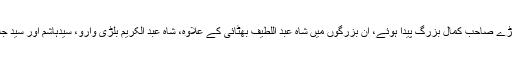
میر علی کے خاندان میں بڑے بڑے صاحب کمال بزرگ پیدا ہوئے، ان بزرگوں میں شاہ عبد اللطیف بھٹائی کے علاوہ، شاہ عبد الکریم بلڑی وارو، سیدہاشم اور سید جلال خاص طور پر قابل ذکر ہیں۔